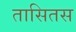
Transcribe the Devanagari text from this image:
तासितस